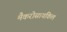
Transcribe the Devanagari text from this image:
मैकरोसायकिल